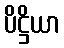
ပိဋ္ဌိယာ